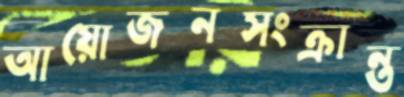
আয়োজনসংক্রান্ত